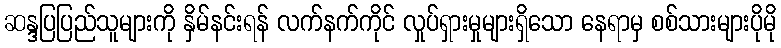
ဆန္ဒပြပြည်သူများကို နှိမ်နင်းရန် လက်နက်ကိုင် လှုပ်ရှားမှုများရှိသော နေရာမှ စစ်သားများပိုမို